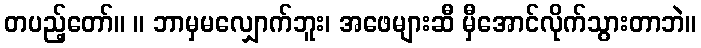
တပည့်တော်။ ။ ဘာမှမလျှောက်ဘူး၊ အဖေများဆီ မှီအောင်လိုက်သွားတာဘဲ။